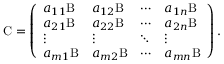
\mathrm { C } = \left( \begin{array} { l l l l } { a _ { 1 1 } \mathrm { B } } & { a _ { 1 2 } \mathrm { B } } & { \cdots } & { a _ { 1 n } \mathrm { B } } \\ { a _ { 2 1 } \mathrm { B } } & { a _ { 2 2 } \mathrm { B } } & { \cdots } & { a _ { 2 n } \mathrm { B } } \\ { \vdots } & { \vdots } & { \ddots } & { \vdots } \\ { a _ { m 1 } \mathrm { B } } & { a _ { m 2 } \mathrm { B } } & { \cdots } & { a _ { m n } \mathrm { B } } \end{array} \right) .